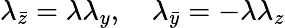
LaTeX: \lambda_{\bar{z}}=\lambda\lambda_{y},\quad\lambda_{\bar{y}}=-\lambda\lambda_{z}